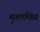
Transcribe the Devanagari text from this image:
मुशाफिर